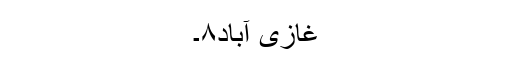
غازی آباد۸۔